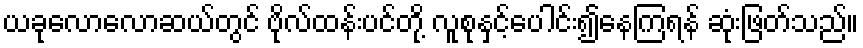
ယခုလောလောဆယ်တွင် ဗိုလ်ထန်းပင်တို့ လူစုနှင့်ပေါင်း၍နေကြရန် ဆုံးဖြတ်သည်။